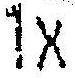
1X